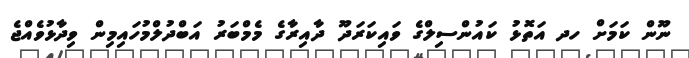
ނޫން ކަމަށް ހދ އަތޮޅު ކައުންސިލްގެ ވައިކަރަދޫ ދާއިރާގެ މެމްބަރު އަބްދުލްމުހައިމިން ވިދާޅުވެއްޖެ